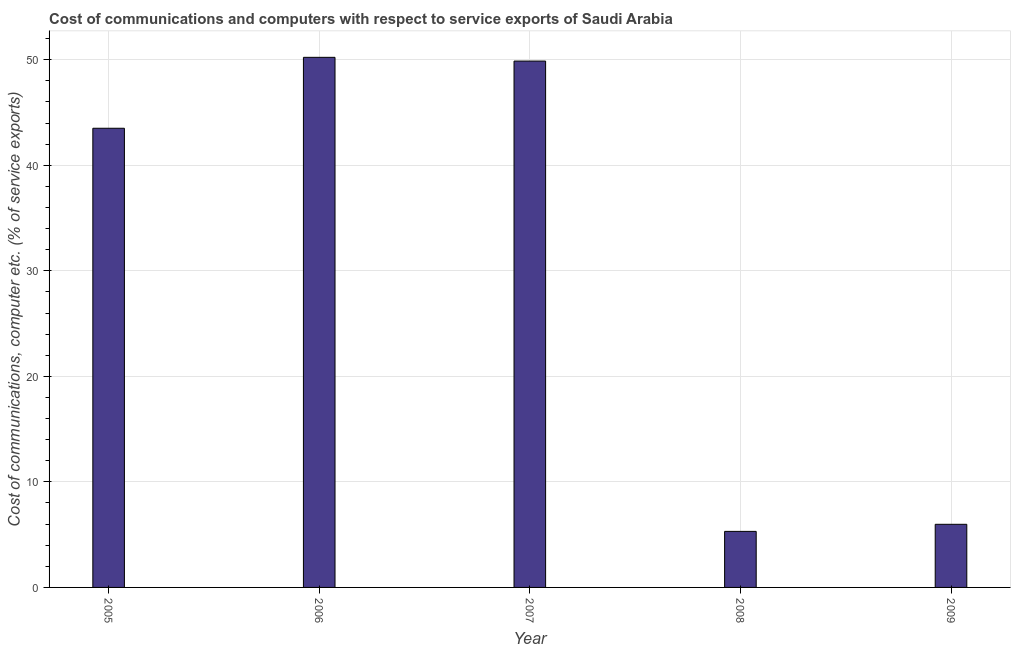
| Year | Communications |
 | --- | --- |
 | 2005 | 43.5 |
 | 2006 | 50.2 |
 | 2007 | 49.9 |
 | 2008 | 5.31 |
 | 2009 | 5.98 |